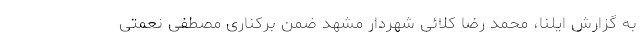
به گزارش ایلنا، محمد رضا کلائی شهردار مشهد ضمن برکناری مصطفی نعمتی